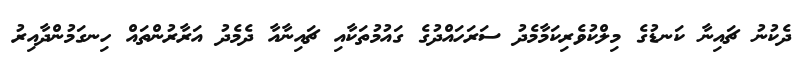
ދެކުނު ޗައިނާ ކަނޑުގެ މިލްކުވެރިކަމާމެދު ސަރަހައްދުގެ ގައުމުތަކާއި ޗައިނާއާ ދެމެދު އަރާރުންތައް ހިނގަމުންދާއިރު